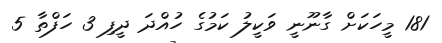
181 މީހަކަށް ގާނޫނީ ވަކީލު ކަމުގެ ހުއްދަ ދީފި 3 ހަފްތާ 5